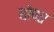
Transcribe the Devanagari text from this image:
घोषत